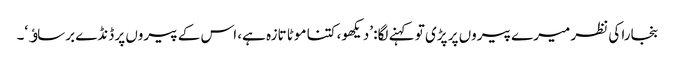
بنجارا کی نظر میرے پیروں پر پڑی تو کہنے لگا: ’دیکھو، کتنا موٹا تازہ ہے، اس کے پیروں پر ڈنڈے برساﺅ‘۔